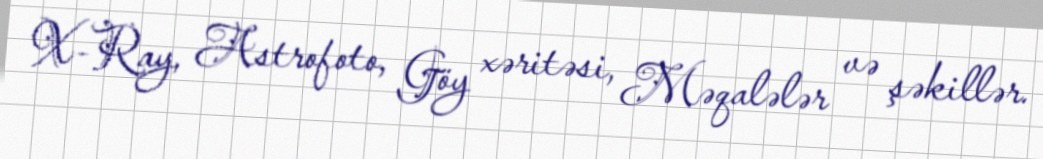
X-Ray, Astrofoto, Göy xəritəsi, Məqalələr və şəkillər.